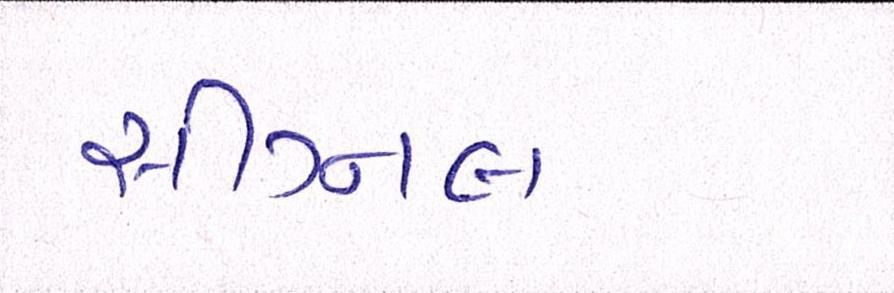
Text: સીગ્નલ